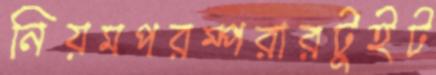
নিয়মপরম্পরারটুইট